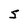
Character: S